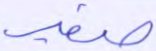
صفير